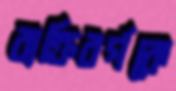
ব্যক্তিবর্গকে